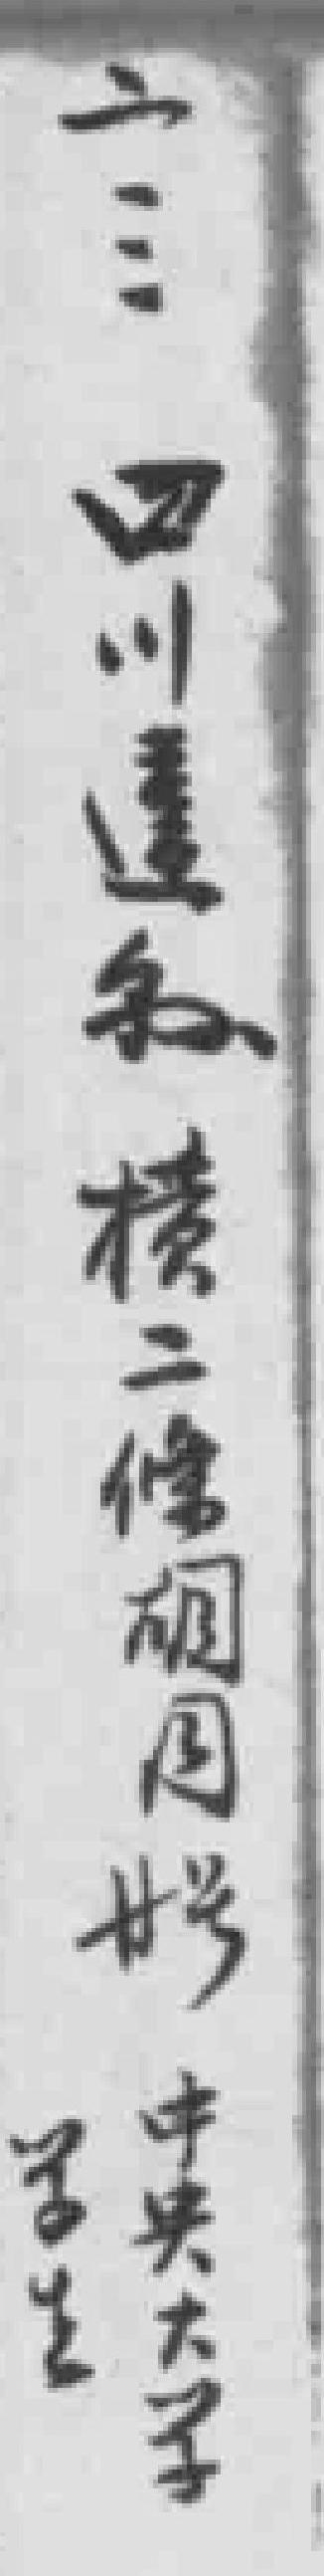
二三四川*横二條胡同廿号中央大学